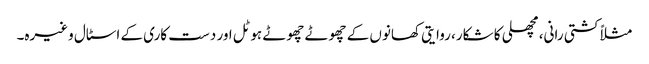
مثلاً کشتی رانی، مچھلی کا شکار، روایتی کھانوں کے چھوٹے چھوٹے ہوٹل اور دست کاری کے اسٹال وغیرہ۔